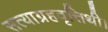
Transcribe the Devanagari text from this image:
सत्याग्रहवृत्तिथी।